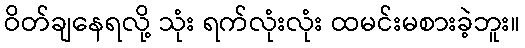
ဝိတ်ချနေရလို့ သုံး ရက်လုံးလုံး ထမင်းမစားခဲ့ဘူး။